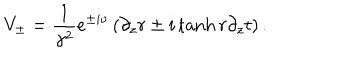
LaTeX: V _ { \pm } = \frac { 1 } { \gamma ^ { 2 } } e ^ { \pm i \nu } \left( \partial _ { z } r \pm i \tanh r \partial _ { z } t \right) .